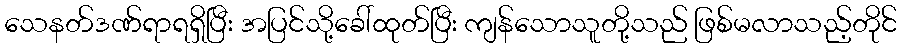
သေနတ်ဒဏ်ရာရရှိပြီး အပြင်သို့ခေါ်ထုတ်ပြီး ကျန်သောသူတို့သည် ဖြစ်မလာသည့်တိုင်